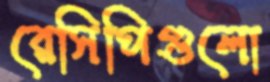
রেসিপিগুলো